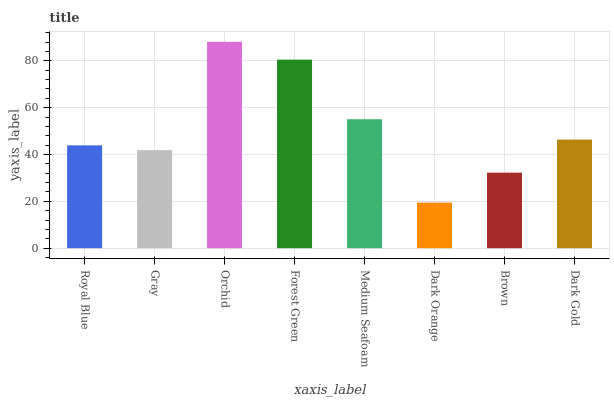
| xaxis_label | bars |
 | --- | --- |
 | Royal Blue | 43.9 |
 | Gray | 41.9 |
 | Orchid | 88.1 |
 | Forest Green | 80.5 |
 | Medium Seafoam | 55.1 |
 | Dark Orange | 19.5 |
 | Brown | 32.2 |
 | Dark Gold | 46.4 |